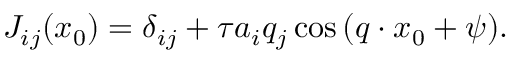
J _ { i j } ( \boldsymbol { x } _ { 0 } ) = \delta _ { i j } + \tau a _ { i } q _ { j } \cos { ( \boldsymbol { q } \cdot \boldsymbol { x } _ { 0 } + \psi ) } .